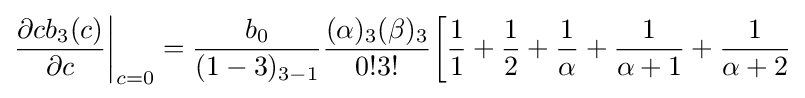
{\frac {\partial cb_{3}(c)}{\partial c}}{\bigg \vert }_{c=0}={\frac {b_{0}}{(1-3)_{3-1}}}{\frac {(\alpha )_{3}(\beta )_{3}}{0!3!}}{\bigg [}{\frac {1}{1}}+{\frac {1}{2}}+{\frac {1}{\alpha }}+{\frac {1}{\alpha +1}}+{\frac {1}{\alpha +2}}